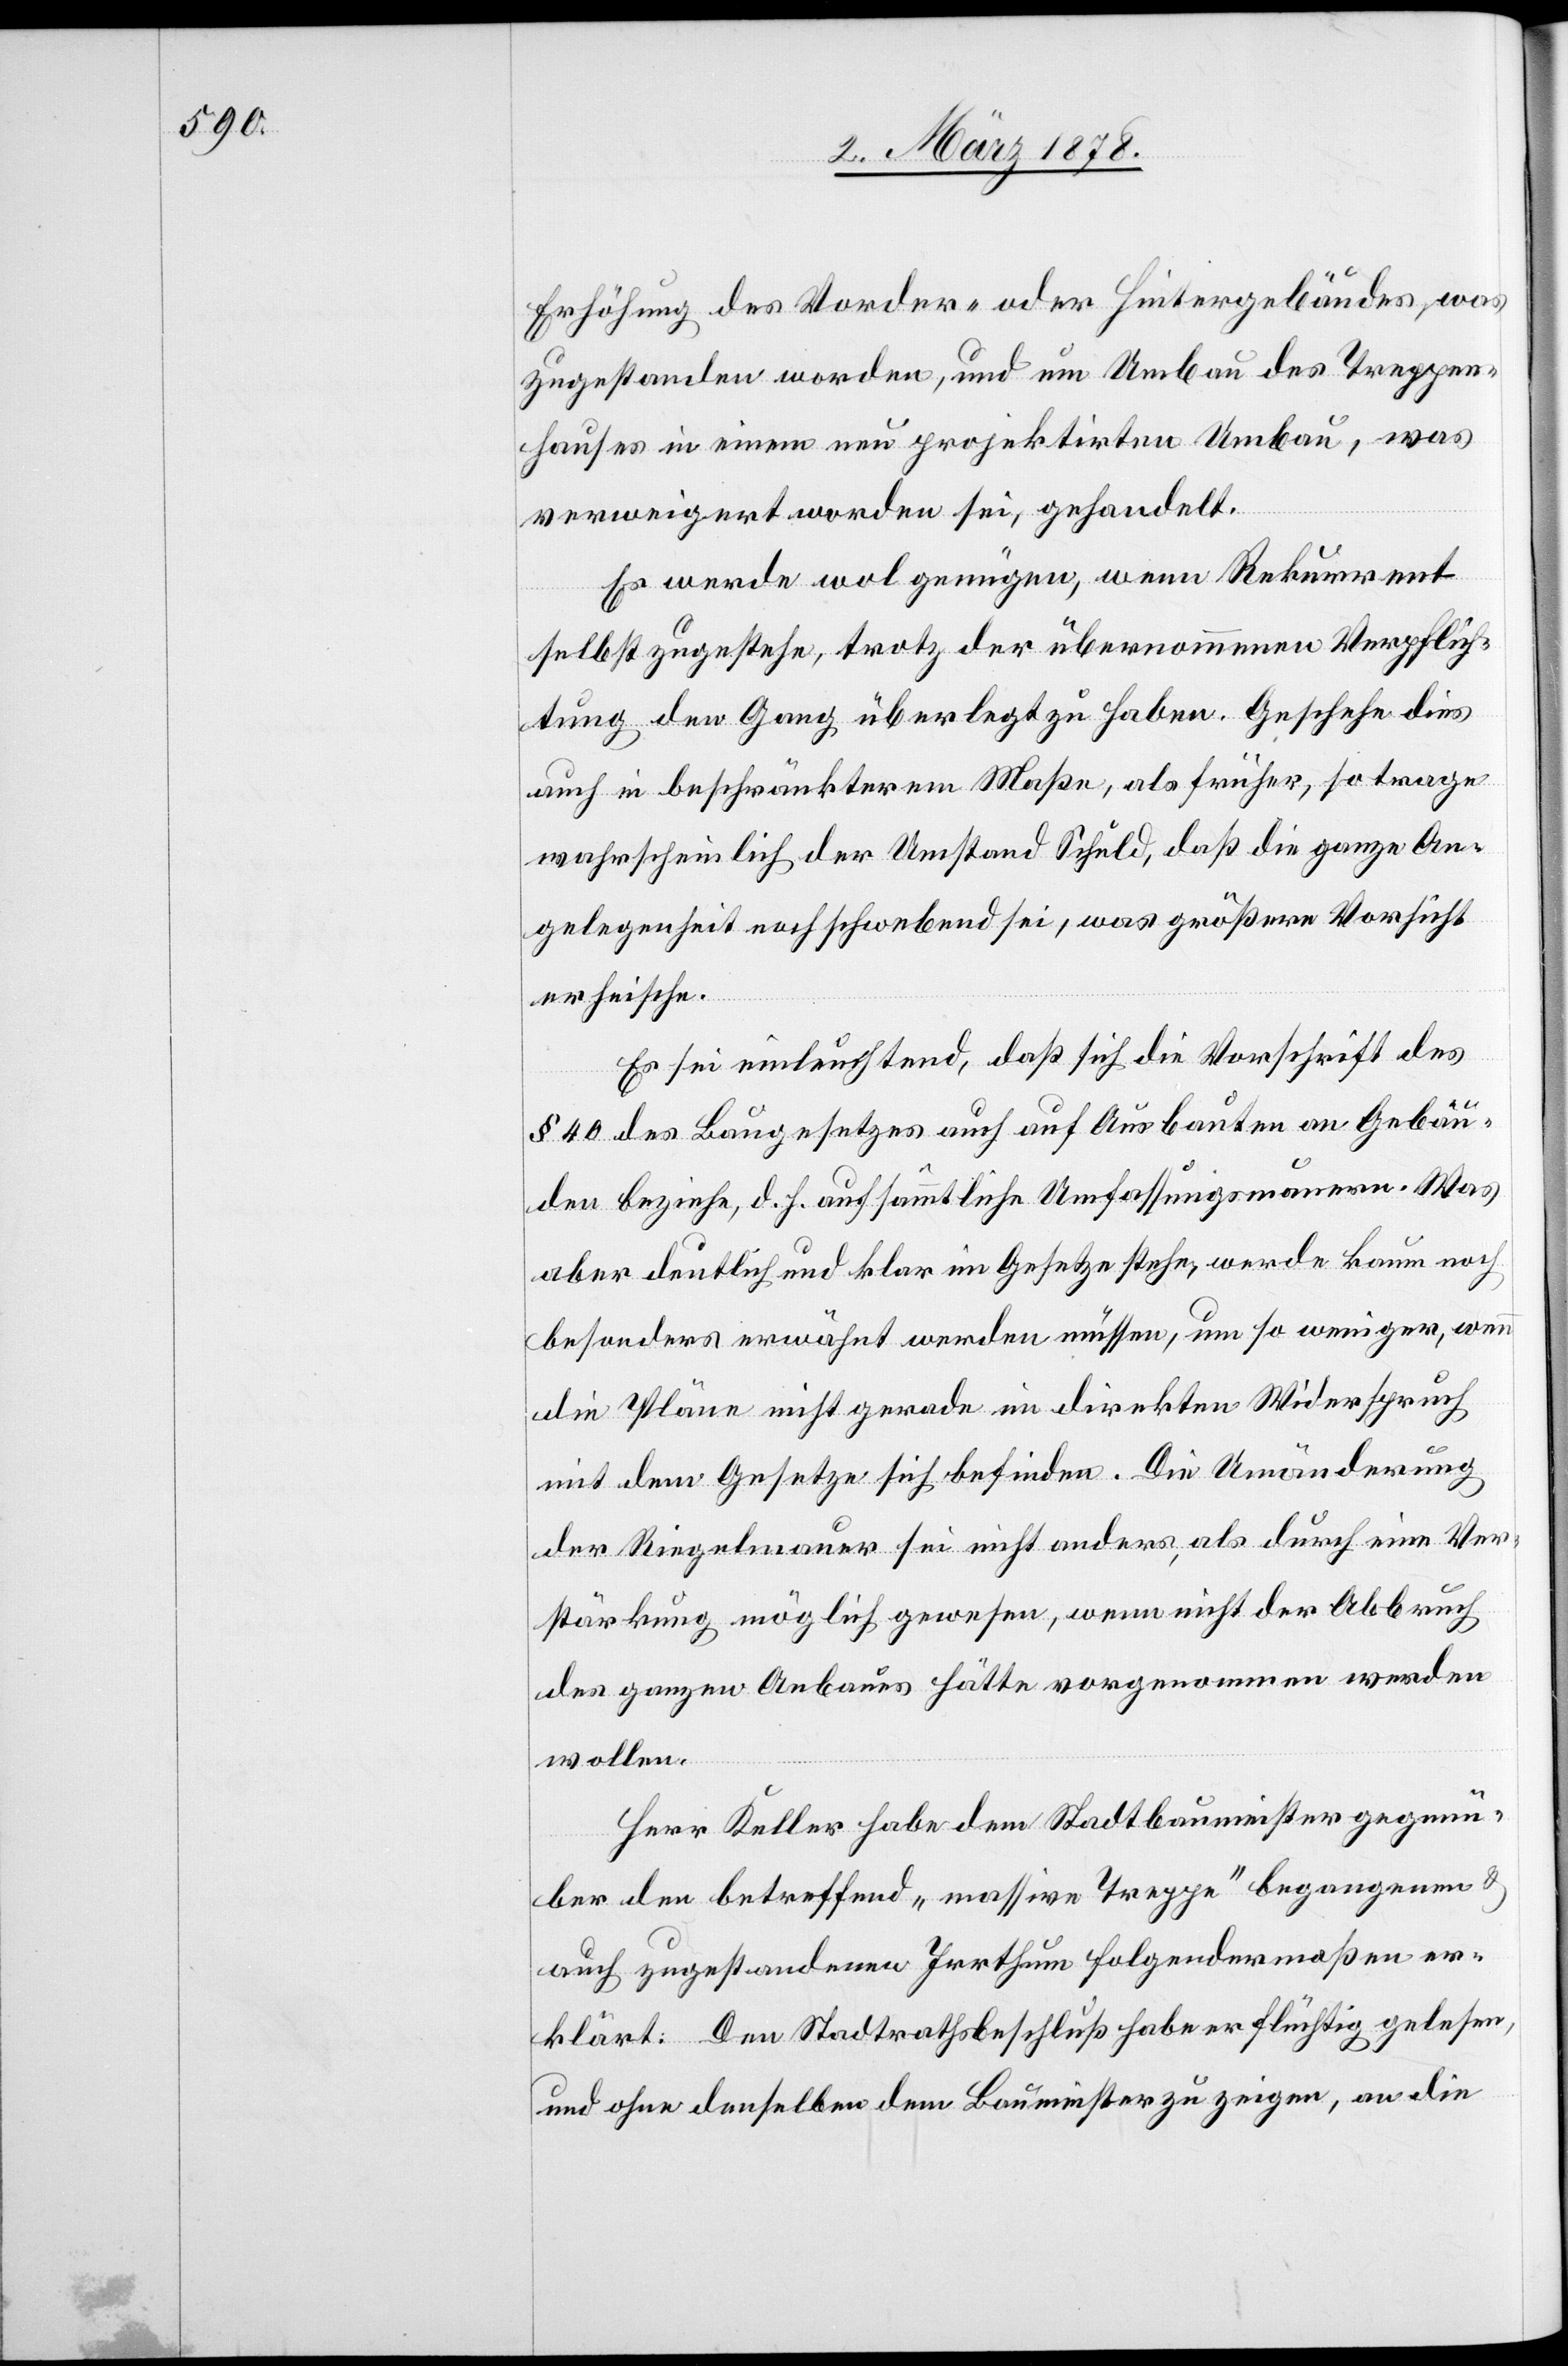
Erhöhung des Vorder- oder Hintergebäudes, was
zugestanden worden, und um Umbau des Treppen¬
hauses in einem neu projektirten Umbau, was
verweigert worden sei, gehandelt.
Es werde wol genügen, wenn Rekurrent
selbst zugestehe, trotz der übernommenen Verpflich¬
tung den Gang überlegt zu haben. Geschehe dies
auch in beschränkterem Maße, als früher, so trage
wahrscheinlich der Umstand Schuld, daß die ganze An¬
gelegenheit noch schwebend sei, was größere Vorsicht
erheische.
Es sei einleuchtend, daß sich die Vorschrift des
§ 40 des Baugesetztes auch auf Ausbauten an Gebäu¬
den beziehe, d. h. auf sämmtliche Umfassungsmauern. Was
aber deutlich und klar im Gesetze stehe, werde kaum noch
besonders erwähnt werden müssen, um so weniger, wenn
die Pläne nicht gerade im direkten Widerspruch
mit dem Gesetze sich befinden. Die Umänderung
der Riegelmauer sei nicht anders, als durch eine Ver¬
stärkung möglich gewesen, wenn nicht der Abbruch
des ganzen Anbaus hätte vorgenommen werden
wollen.
Herr Keller habe dem Stadtbaumeister gegenü¬
ber den betreffend „massive Treppe“ begangenen &
auch zugestandenen Irrthum folgendermaßen er¬
klärt: Den Stadtrathsbeschluß habe er flüchtig gelesen,
und ohne denselben dem Baumeister zu zeigen, an die